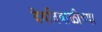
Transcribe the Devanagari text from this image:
देवदिवाळीच्या